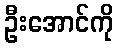
ဦးအောင်ကို